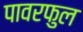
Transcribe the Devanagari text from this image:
पावरफुल